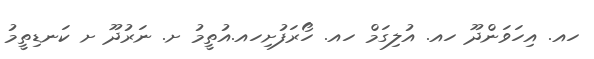
ހއ. އިހަވަންދޫ ހއ. އުލިގަމް ހއ. ހޯރަފުށިހއ.އުތީމު ށ. ނަރުދޫ ށ ކަނޑިތީމު